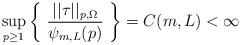
LaTeX: \begin{align*} \sup_{p \ge 1} \left\{ \ \frac{||\tau||_{p,\Omega}}{\psi_{m,L}(p)} \ \right\} = C(m,L) < \infty\end{align*}